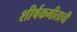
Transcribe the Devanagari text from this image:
शीर्षकगीताची